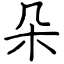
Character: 朵